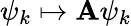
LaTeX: \psi_{k}\mapsto\mathbf{A}\psi_{k}